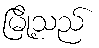
မြို့သည်